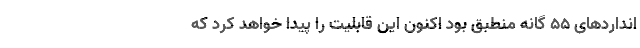
انداردهای ۵۵ گانه منطبق بود اکنون این قابلیت را پیدا خواهد کرد که